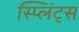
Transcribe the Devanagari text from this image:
स्प्लिंट्स